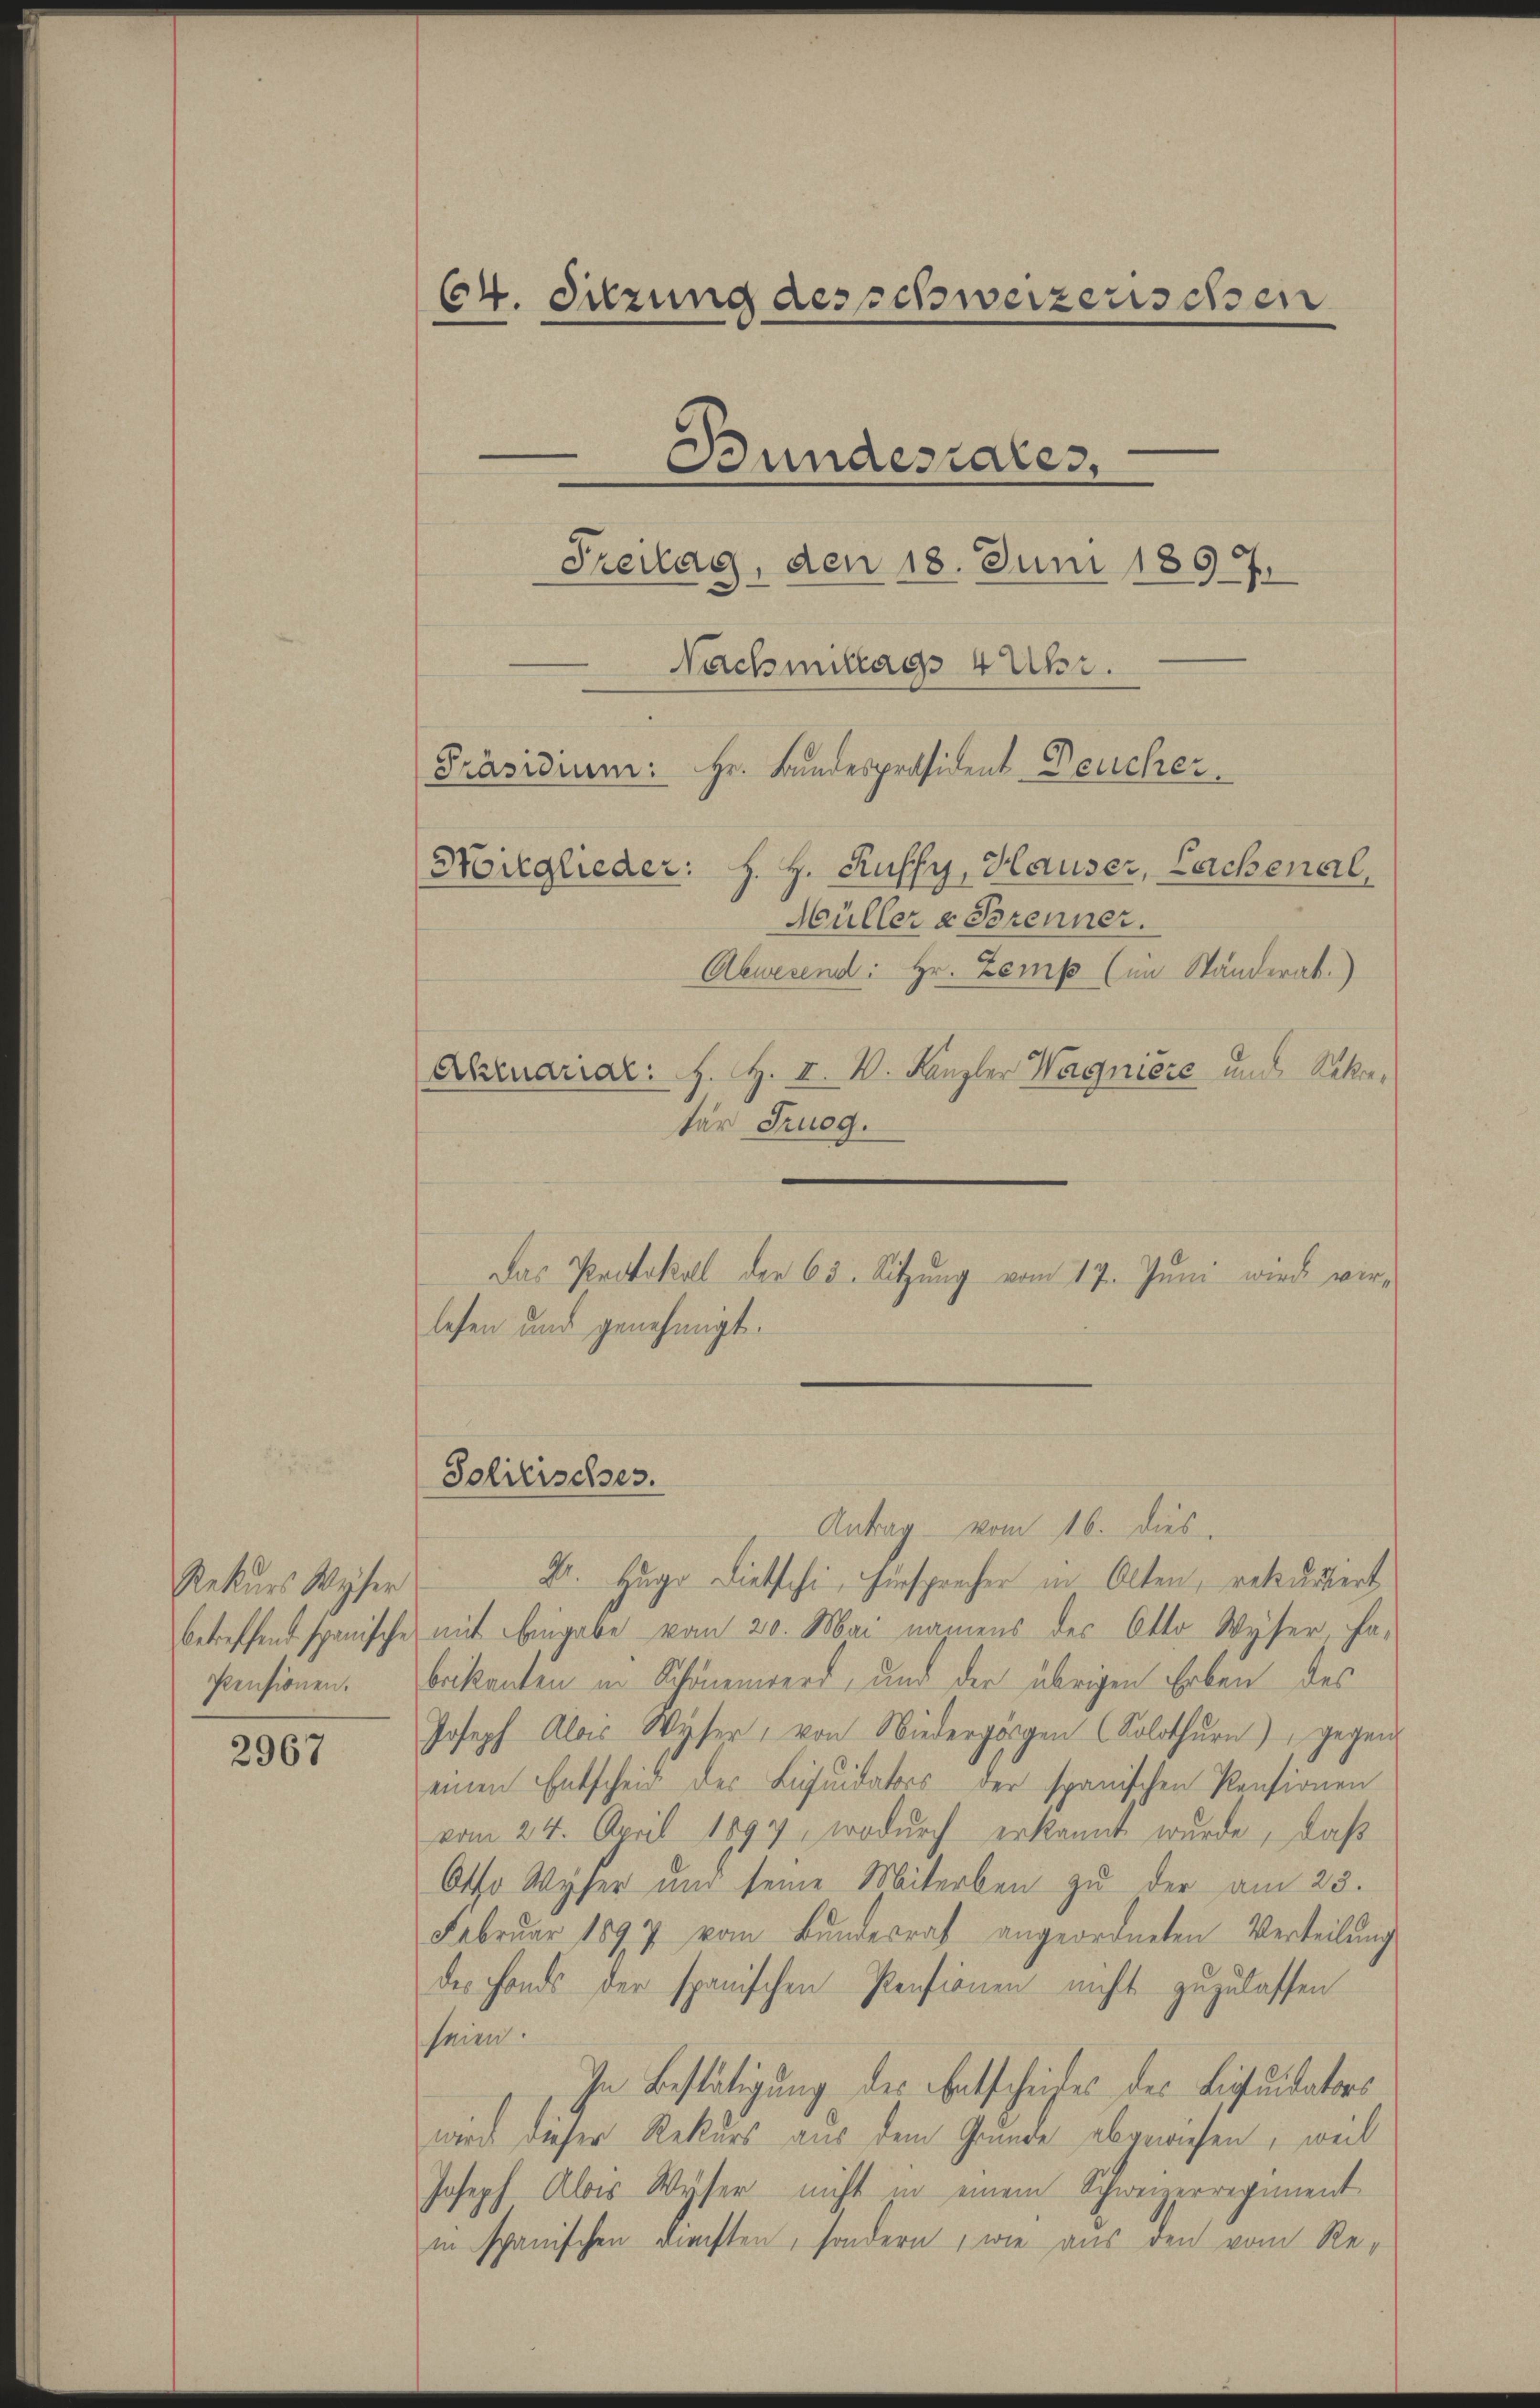
Rekurs Weser
Pensionen.

2967

Müller & Trenner.
Abwesend: Hr. Zemp (im Ständerat.)
Abruarial. J. H. V. V. Kanzler Wagnière und Seke,
tar Truog.
lesen und genehmigt.
Antrag vom 16. dies
X. Hugo Dietschi, ersprecher in Olten, rekurriert
betreffend spanische mit Eingabe vom 20. Mai namens des Otto Wyser, ha-
brikanten in Schönenwerd, und der übrigen Erben des
Joseph Alois Wyser, von Niedergängen (Solothurn) gegent
einen Entscheid der Liquidators der spanischen Pensionen
vom 24. April 1894, wodurch erkannt wurde, daß
Otto Wyser und seine Miterben zu der am 23.
Februar 1897 vom Bŭndesrat angeordneten Verteilŭng
des Fonds der spanischen Pensionen nicht zuzulassen
schein.
In Bestätigung des Entscheiches des Liquidators
wird dieser Rekurs aus dem Grunde abgewiesen, weil
Joseph Alois Wyser nicht in einem Schweizerregiment
in spanischen dachten, sondern, wie aus den vom Re-

64. Sitzung des schweizerischen
.
Bunderiales,
Freitag, den 18. Juni 1897.
Nachmittags 4 Uhr.
Präsidium: Hr. Bundespräsident Deucher
Mitglieder: J. H. Kuffy, Hauser, Lachenal

Solitisches.

Das Protokoll der 65. Sitzŭng vom 17. Juni wird ver-